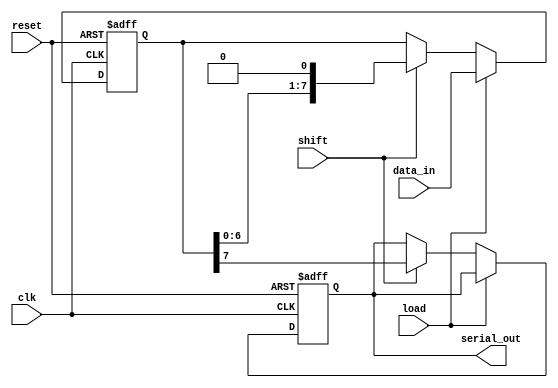
module dynamic_piso_register #(
    parameter N = 8 // Width of the register (number of input bits)
)(
    input wire clk,         // Clock signal
    input wire reset,       // Asynchronous reset signal
    input wire load,        // Load signal
    input wire shift,       // Shift signal
    input wire [N-1:0] data_in, // Parallel data input
    output reg serial_out    // Serial output
);

    reg [N-1:0] storage; // Internal storage for data

    always @(posedge clk or posedge reset) begin
        if (reset) begin
            // Asynchronous reset
            storage <= {N{1'b0}}; // Clear the storage
            serial_out <= 1'b0;   // Clear the serial output
        end else if (load) begin
            // Load operation
            storage <= data_in;   // Capture the data from input lines
        end else if (shift) begin
            // Shift operation
            serial_out <= storage[N-1]; // Output the MSB
            storage <= {storage[N-2:0], 1'b0}; // Shift left and fill LSB with 0
        end
    end

endmodule